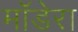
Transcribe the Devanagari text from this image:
मॉडेरा